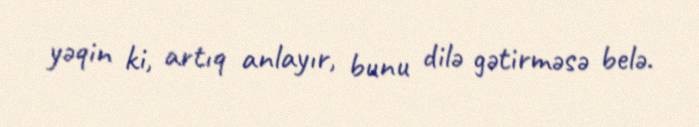
yəqin ki, artıq anlayır, bunu dilə gətirməsə belə.